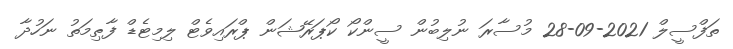
ތަފްސީލް 2021-09-28 މުސާރަ ނުލިބުން ސީންކޯ ކޯޕަރޭޝަން ޕްރައިވެޓް ލިމިޓެޑް ފާޠިމަތު ނަހުދާ